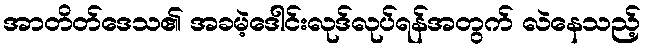
အာတိတ်ဒေသ၏ အခမဲ့ဒေါင်းလုဒ်လုပ်ရန်အတွက် လဲနေသည့်